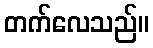
တက်လေသည်။